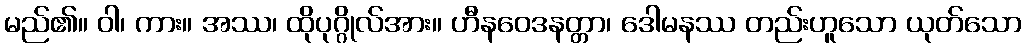
မည်၏။ ဝါ၊ ကား။ အဿ၊ ထိုပုဂ္ဂိုလ်အား။ ဟီနဝေဒနတ္တာ၊ ဒေါမနဿ တည်းဟူသော ယုတ်သော